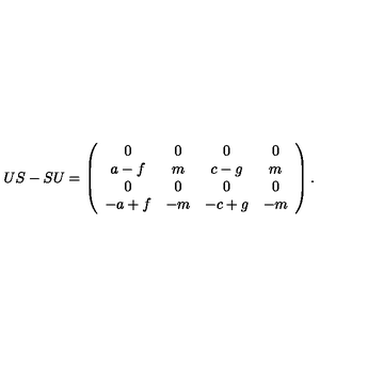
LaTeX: U S - S U = \left( \begin{array} { c c c c } { 0 } & { 0 } & { 0 } & { 0 } \\ { a - f } & { m } & { c - g } & { m } \\ { 0 } & { 0 } & { 0 } & { 0 } \\ { - a + f } & { - m } & { - c + g } & { - m } \\ \end{array} \right) .